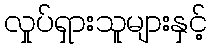
လှုပ်ရှားသူများနှင့်